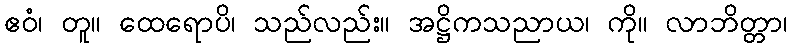
ဧဝံ၊ တူ။ ထေရောပိ၊ သည်လည်း။ အဋ္ဌိကသညာယ၊ ကို။ လာဘိတ္တာ၊